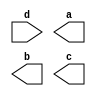
module encoder(d, a, b, c);

input [0:7] d;

output a;

output b;

output c;

  or u0(d[4],d[5],d[6],d[7],a);

  or u1(d[3],d[2],d[6],d[7],b);

  or u2(d[1],d[3],d[5],d[7],c);

endmodule